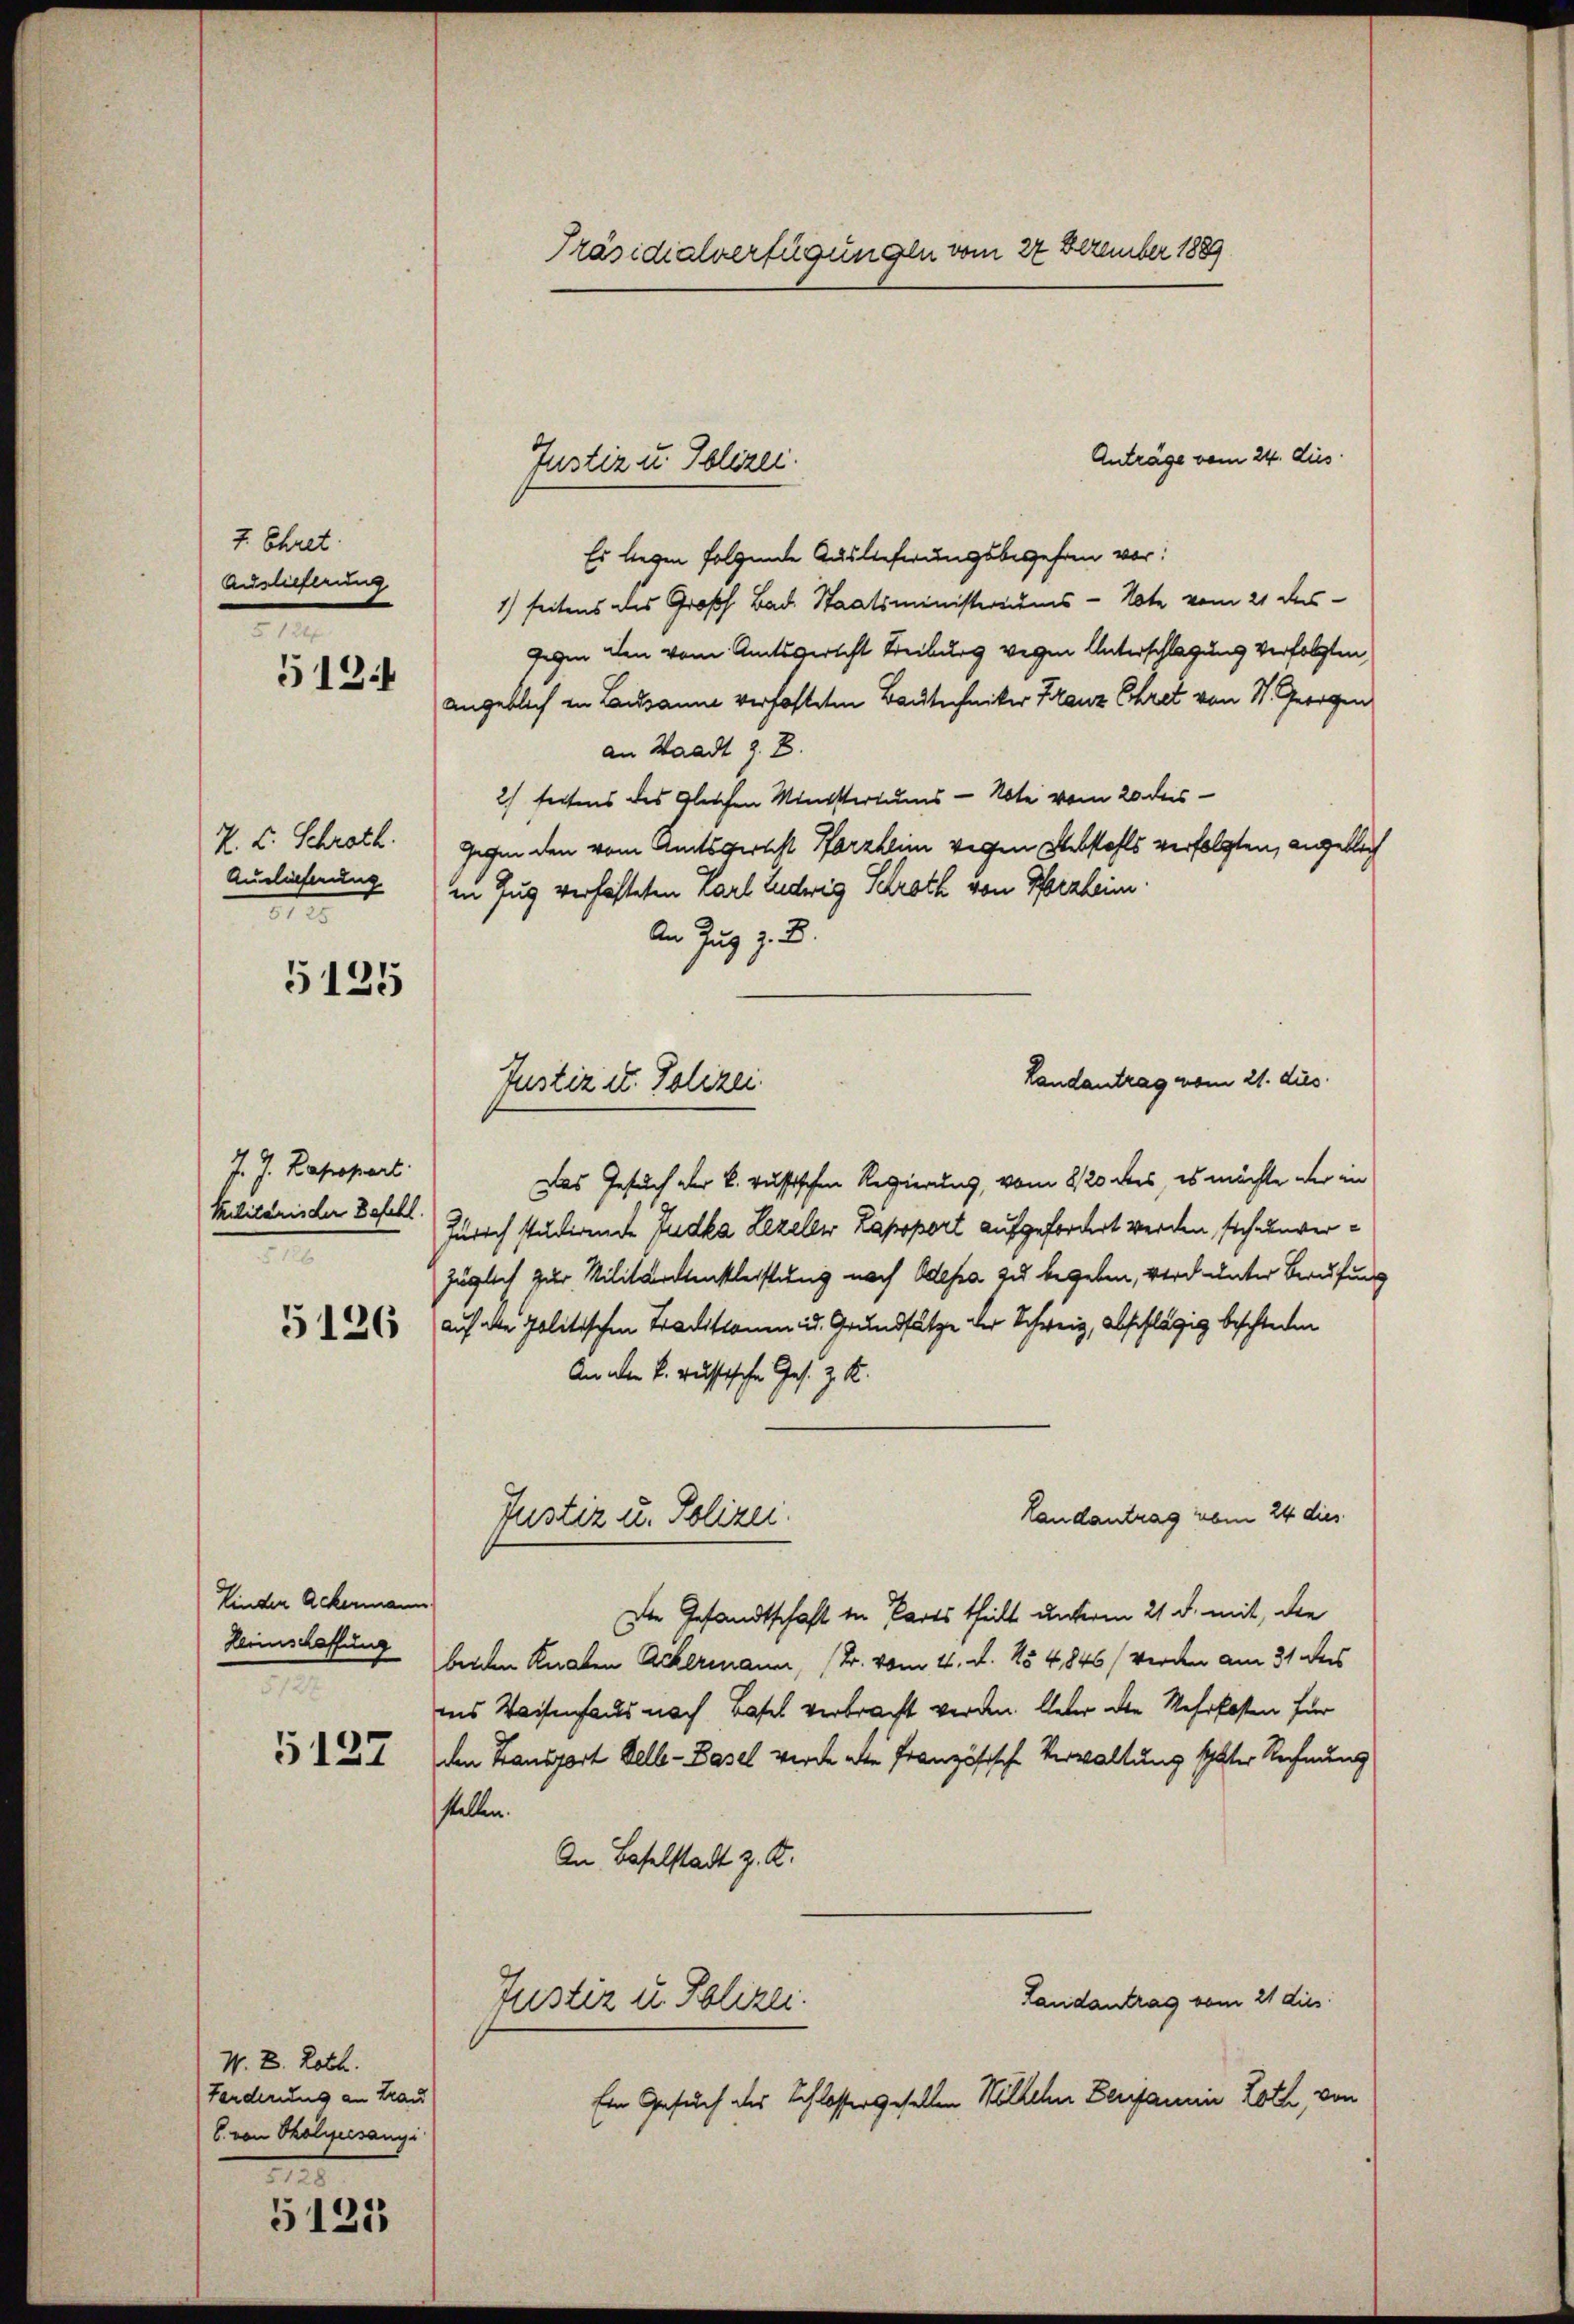
4. Chret.
Auslieferung
.

H. E. Schroth.
Auslieferung
.

J. J. Rappart.
Militärischer Befehl.
e

5134

5125

5126

Kinden Ackermann
Heimschaffung
5127

5127

M. E. Roth.
Forderung an Trau
C. von Tholiersangi
.

5125

Anträge vom 24. dies
Es liegen folgende Auslieferungsbegehren vor:
1) seitens des Großh. Bad. Staatsministeriums - Note vom 21 des
gegen den vom Amtsgericht Treiburg wegen Unterschlagung verfolgten,
angeblich in Lausanne verfasteten Bautechniker Franz Chret von St. Georgen
an Waadt z. B.
2) fertens des Gleichen Ministertums - Note vom 20 des
Gegen den vom Amtsgelst Parzheim wegen Webstahls verfolgten, angeblich
in Zug verhafteten Karl Ludwig Schroth von Pforzheim.
An Zug z. B.
Landantrag vom 21. dies
Das Gesuch der k. russischen Regierung, vom 8/20 dees, es möchte der in
Zürich studirende Judka Lezelle Lapoport aufgefordert werden, sich unverzüglich zur Militärdienstleistung nach Odepa zu begeben, wird unter Berufung
auf alle politischen Traditionen u. Grundsätze der Schweiz, abschlägig beschleden
An aber k. russische Ges. Z. M.
Landantrag vom 24 dies
Justiz u. Polizei.
Die Gesandtschaft in Parts theilt unterm 21. d. mit, die
beiden Knaben Ackermann, (Tr. vom 4. d. 154,846/ werden am 31 des
ins Weisenfalls nach Basel verbracht werden. Ueber die Mehrkosten für
den Hansport Belle-Basel werde die Französische Verwaltung später Rechnung
stellen.
An Baselstadt z. Z.
Landantrag vom 21 dies
Justiz u. Polizei.
Ein Gesuch des Schlossergesellen Wölkchn Berianna Loth von

Präsidialverfügungen vom 27 Dezember 1889

Justiz u. Polizei.

Justiz u. Polizei.